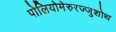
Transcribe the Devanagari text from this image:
पोलियोमेरुरज्जुशोथ